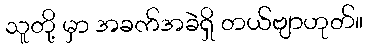
သူတို့ မှာ အခက်အခဲရှိ တယ်ဗျာဟုတ်။